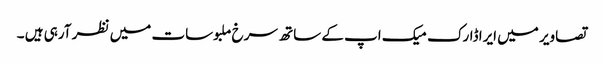
تصاویر میں ایرا ڈارک میک اپ کے ساتھ سرخ ملبوسات میں نظر آرہی ہیں ۔